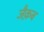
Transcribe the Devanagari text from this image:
जैक़ब